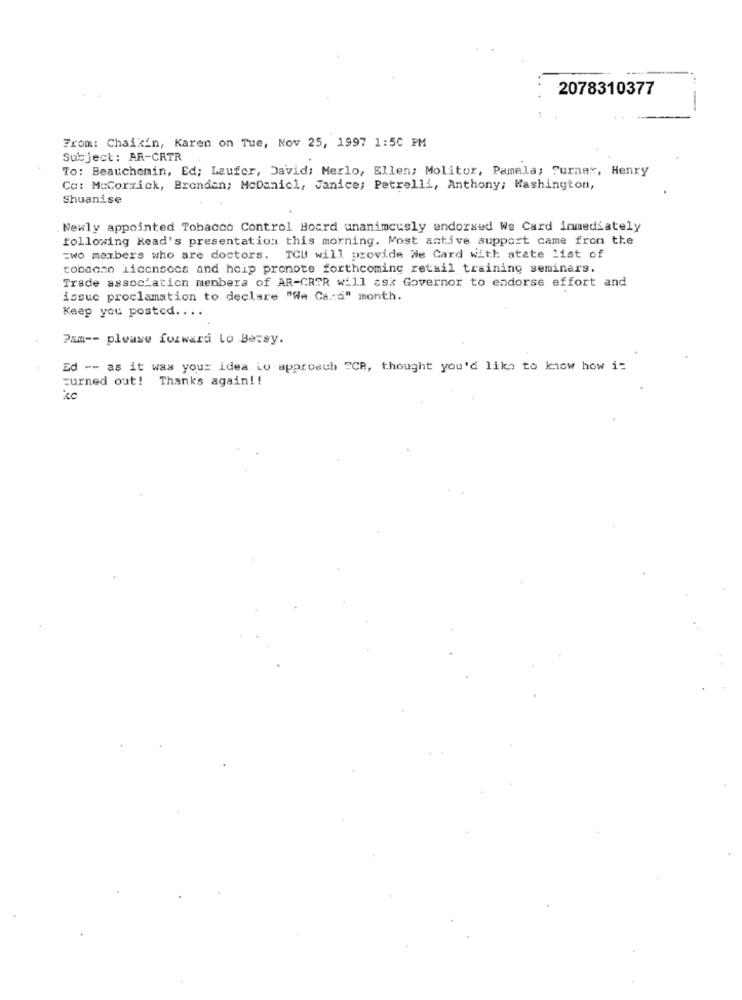
2078310377
--
From: Chaikin, Karen on Tue, Nov 25, 1997 1:50 PM
Subject: AR-CRTR
To: Beauchemin, Ed; Leufer, David; Merlo, Ellen; Molitor, Pamela; Turner, Henry
Cc: McCorrick, Brendan; McDaniel, Janice; Petrelli, Anthony; Washington,
Shuanise
.Newly appointed Tobacco Control Board unanimously endorsed We Card inmediately
following Read's presentation this morning. Most active support came from the
=wo members who are doctors. TCL will provide Ne Card With state list of
tobacno licensecs and heip pronote forthcoming retail training seminars.
Trade association members of AR-GROR will ask Governor to endorse effort and
issuc proclamation to declare "We Ca .: d" month.
Keep you posted. . .
Pam -- please forward Lo Bersy.
Ed -- as it was your idea to approach ECB, thought you'd like to know how it
turned out! Thanks again !!